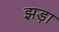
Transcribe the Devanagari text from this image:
झड़ा